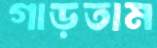
গাড়তাম